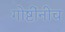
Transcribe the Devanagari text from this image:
गोष्टींनीच